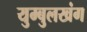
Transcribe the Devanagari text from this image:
युम्बुलखंग